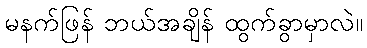
မနက်ဖြန် ဘယ်အချိန် ထွက်ခွာမှာလဲ။